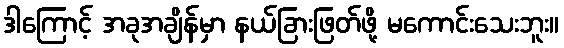
ဒါကြောင့် အခုအချိန်မှာ နယ်ခြားဖြတ်ဖို့ မကောင်းသေးဘူး။